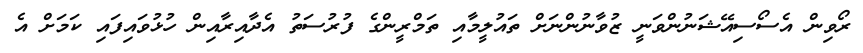
ރޯވިން އެސޯސިއޭޝަނުންވަނީ ޒުވާނުންނަށް ތައުލީމާއި ތަމްރީންގެ ފުރުސަތު އެދާއިރާއިން ހުޅުވައިފައި ކަމަށް އެ